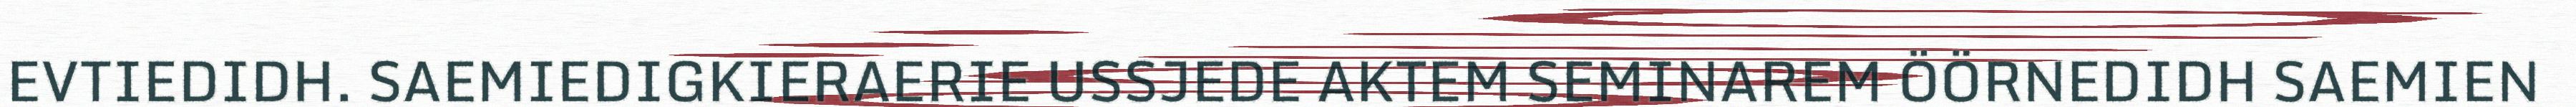
EVTIEDIDH. SAEMIEDIGKIERAERIE USSJEDE AKTEM SEMINAREM ÖÖRNEDIDH SAEMIEN